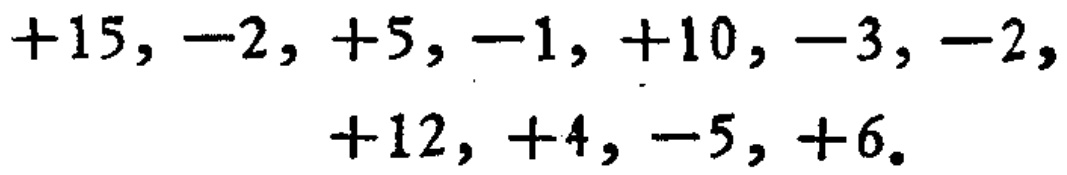
$+15, -2, +5, -1, +10, -3, -2, +12, +4, -5, +6$